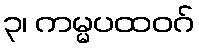
၃၊ ကမ္မပထဝဂ်